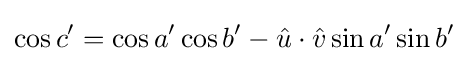
\cos c'=\cos a'\cos b'-{\hat {u}}\cdot {\hat {v}}\sin a'\sin b'